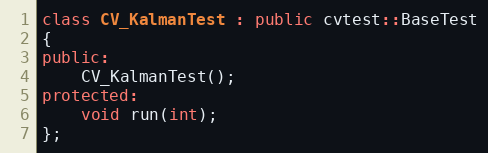
Language: C++
class CV_KalmanTest : public cvtest::BaseTest
{
public:
    CV_KalmanTest();
protected:
    void run(int);
};